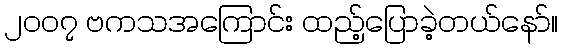
၂၀၀၇ ဗကသအကြောင်း ထည့်ပြောခဲ့တယ်နော်။